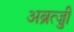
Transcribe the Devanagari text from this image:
अब्रुत्ज़ी